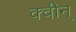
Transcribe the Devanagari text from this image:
क्वीन्